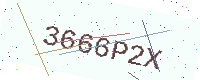
Text: 3666P2X